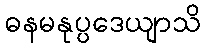
ဓနမနုပ္ပဒေယျာသိ